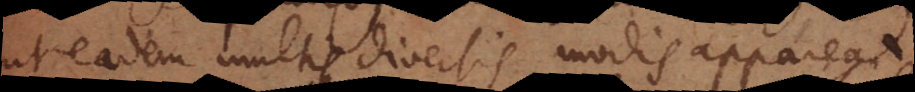
ut eadem multis diversis modis appareat.